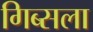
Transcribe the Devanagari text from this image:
गिब्सला